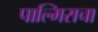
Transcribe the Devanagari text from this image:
पाल्मिराचा